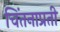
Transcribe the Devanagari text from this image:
चिंतनाप्रती